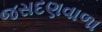
જસદણવાળા